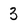
Character: 3